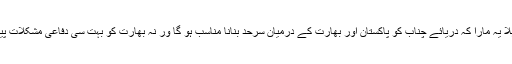
اور نہلے پر دہلا یہ مارا کہ دریائے چناب کو پاکستان اور بھارت کے درمیان سرحد بنانا مناسب ہو گا ور نہ بھارت کو بہت سی دفاعی مشکلات پیش آ سکتی ہیں۔